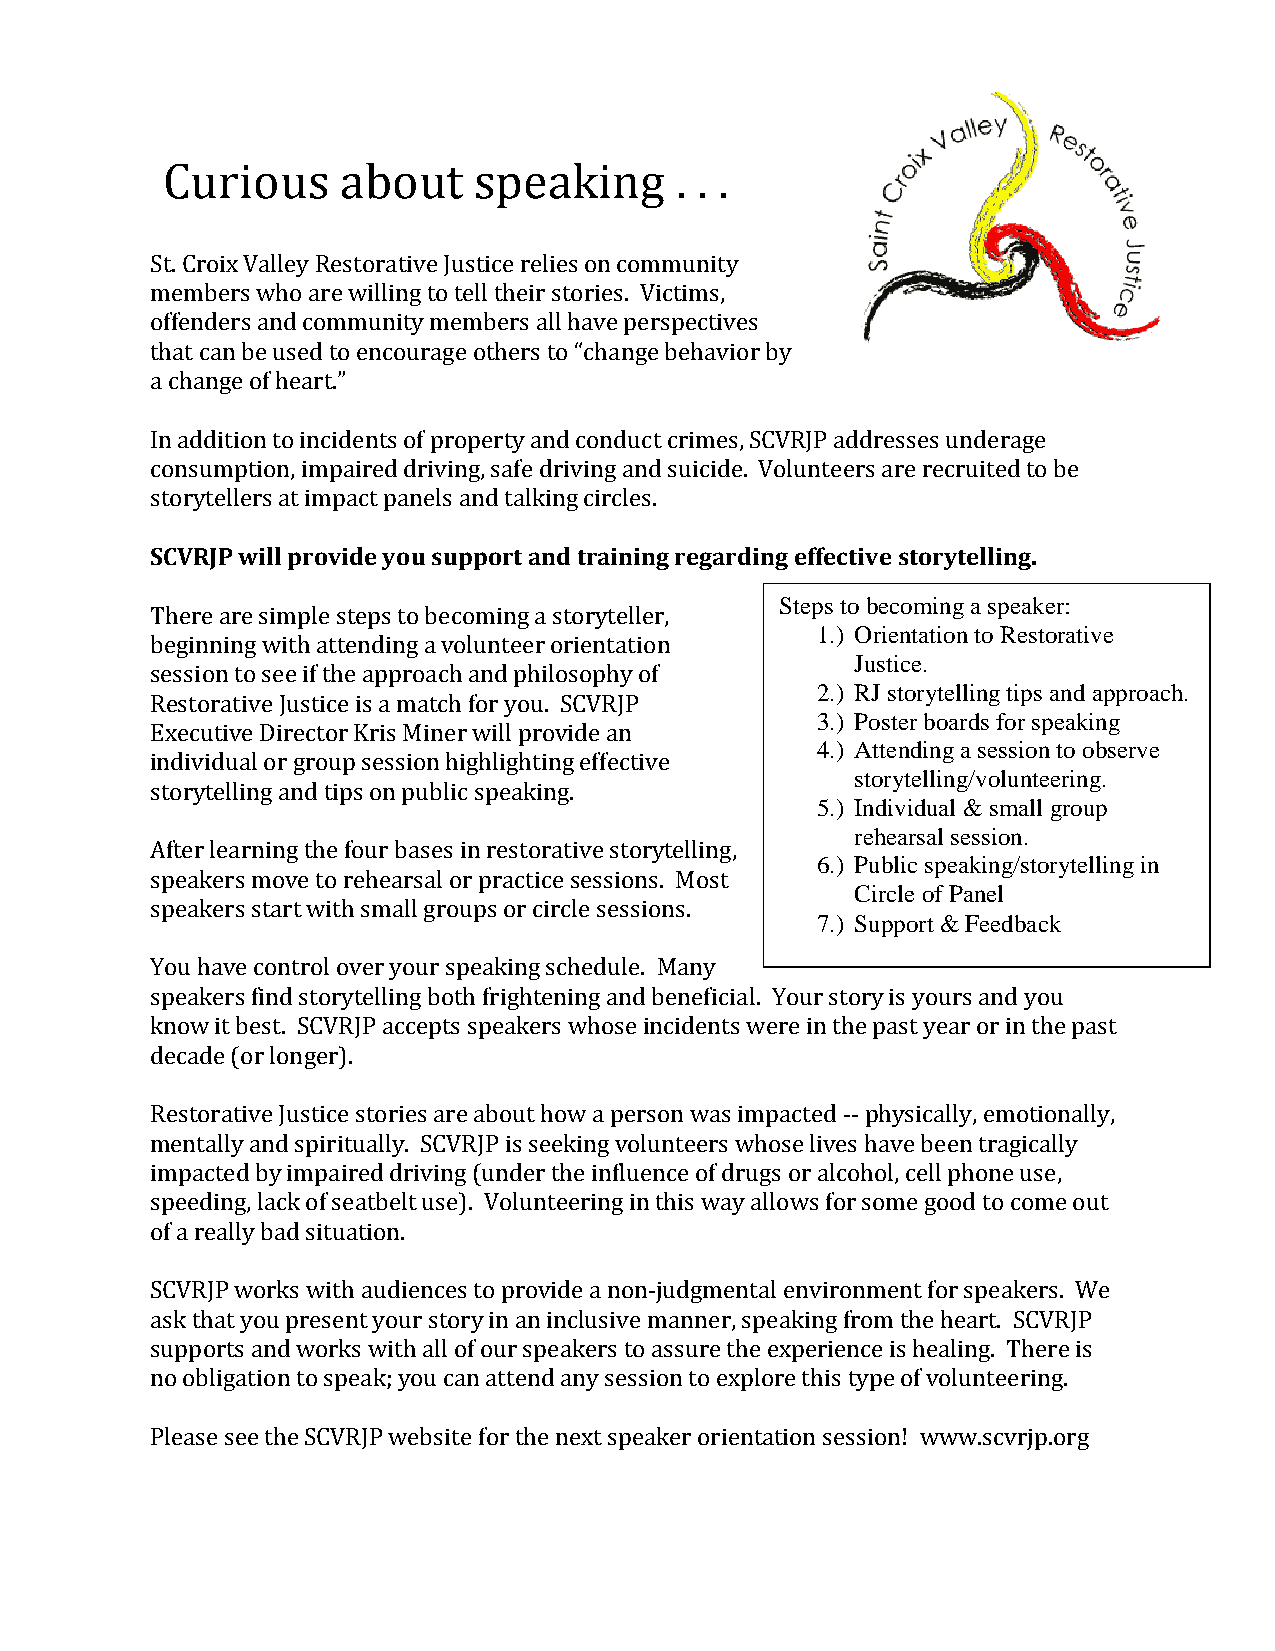
Curious     about   speaking      . . .
 St. Croix Valley Restorative Justice relies on community
 members who are willing to tell their stories. Victims,
 offenders and community members all have perspectives
 that can be used to encourage others to “change behavior by
 a change of heart.”
 In addition to incidents of property and conduct crimes, SCVRJP addresses underage
 consumption, impaired driving, safe driving and suicide. Volunteers are recruited to be
 storytellers at impact panels and talking circles.
 SCVRJP will provide you support and training regarding effective storytelling.
 Steps to becoming a speaker:
 There are simple steps to becoming a storyteller,
 1.) Orientation to Restorative
 beginning with attending a volunteer orientation
 Justice.
 session to see if the approach and philosophy of
 2.) RJ storytelling tips and approach.
 Restorative Justice is a match for you. SCVRJP
 3.) Poster boards for speaking
 Executive Director Kris Miner will provide an
 4.) Attending a session to observe
 individual or group session highlighting effective
 storytelling/volunteering.
 storytelling and tips on public speaking.
 5.) Individual & small group
 rehearsal session.
 After learning the four bases in restorative storytelling,
 6.) Public speaking/storytelling in
 speakers move to rehearsal or practice sessions. Most
 Circle of Panel
 speakers start with small groups or circle sessions.
 7.) Support & Feedback
 You have control over your speaking schedule. Many
 speakers find storytelling both frightening and beneficial. Your story is yours and you
 know it best. SCVRJP accepts speakers whose incidents were in the past year or in the past
 decade (or longer).
 Restorative Justice stories are about how a person was impacted -- physically, emotionally,
 mentally and spiritually. SCVRJP is seeking volunteers whose lives have been tragically
 impacted by impaired driving (under the influence of drugs or alcohol, cell phone use,
 speeding, lack of seatbelt use). Volunteering in this way allows for some good to come out
 of a really bad situation.
 SCVRJP works with audiences to provide a non-judgmental environment for speakers. We
 ask that you present your story in an inclusive manner, speaking from the heart. SCVRJP
 supports and works with all of our speakers to assure the experience is healing. There is
 no obligation to speak; you can attend any session to explore this type of volunteering.
 Please see the SCVRJP website for the next speaker orientation session! www.scvrjp.org